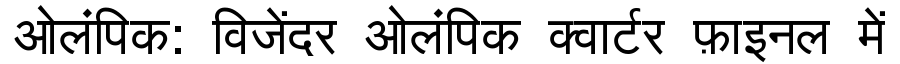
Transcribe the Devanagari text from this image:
ओलंपिक: विजेंदर ओलंपिक क्वार्टर फ़ाइनल में